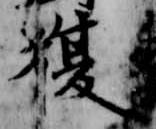
復